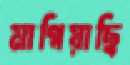
মাগিয়াছি